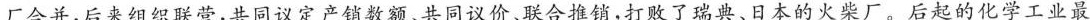
厂合并，后来组织联营，共同议定产销数额、共同议价、联合推销，打败了瑞典、日本的火柴厂。后起的化学工业最